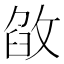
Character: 𢽶